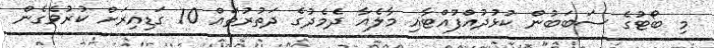
މި ބޯޓުގެ ސަބަބުން ކުޅުދުއްފުއްޓާއި މާލެއާ ދެމެދުގެ ދަތުރުތައް 10 ގަޑިއިރަށް ކުރުވެގެން